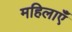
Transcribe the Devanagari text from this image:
महिलाएंँ